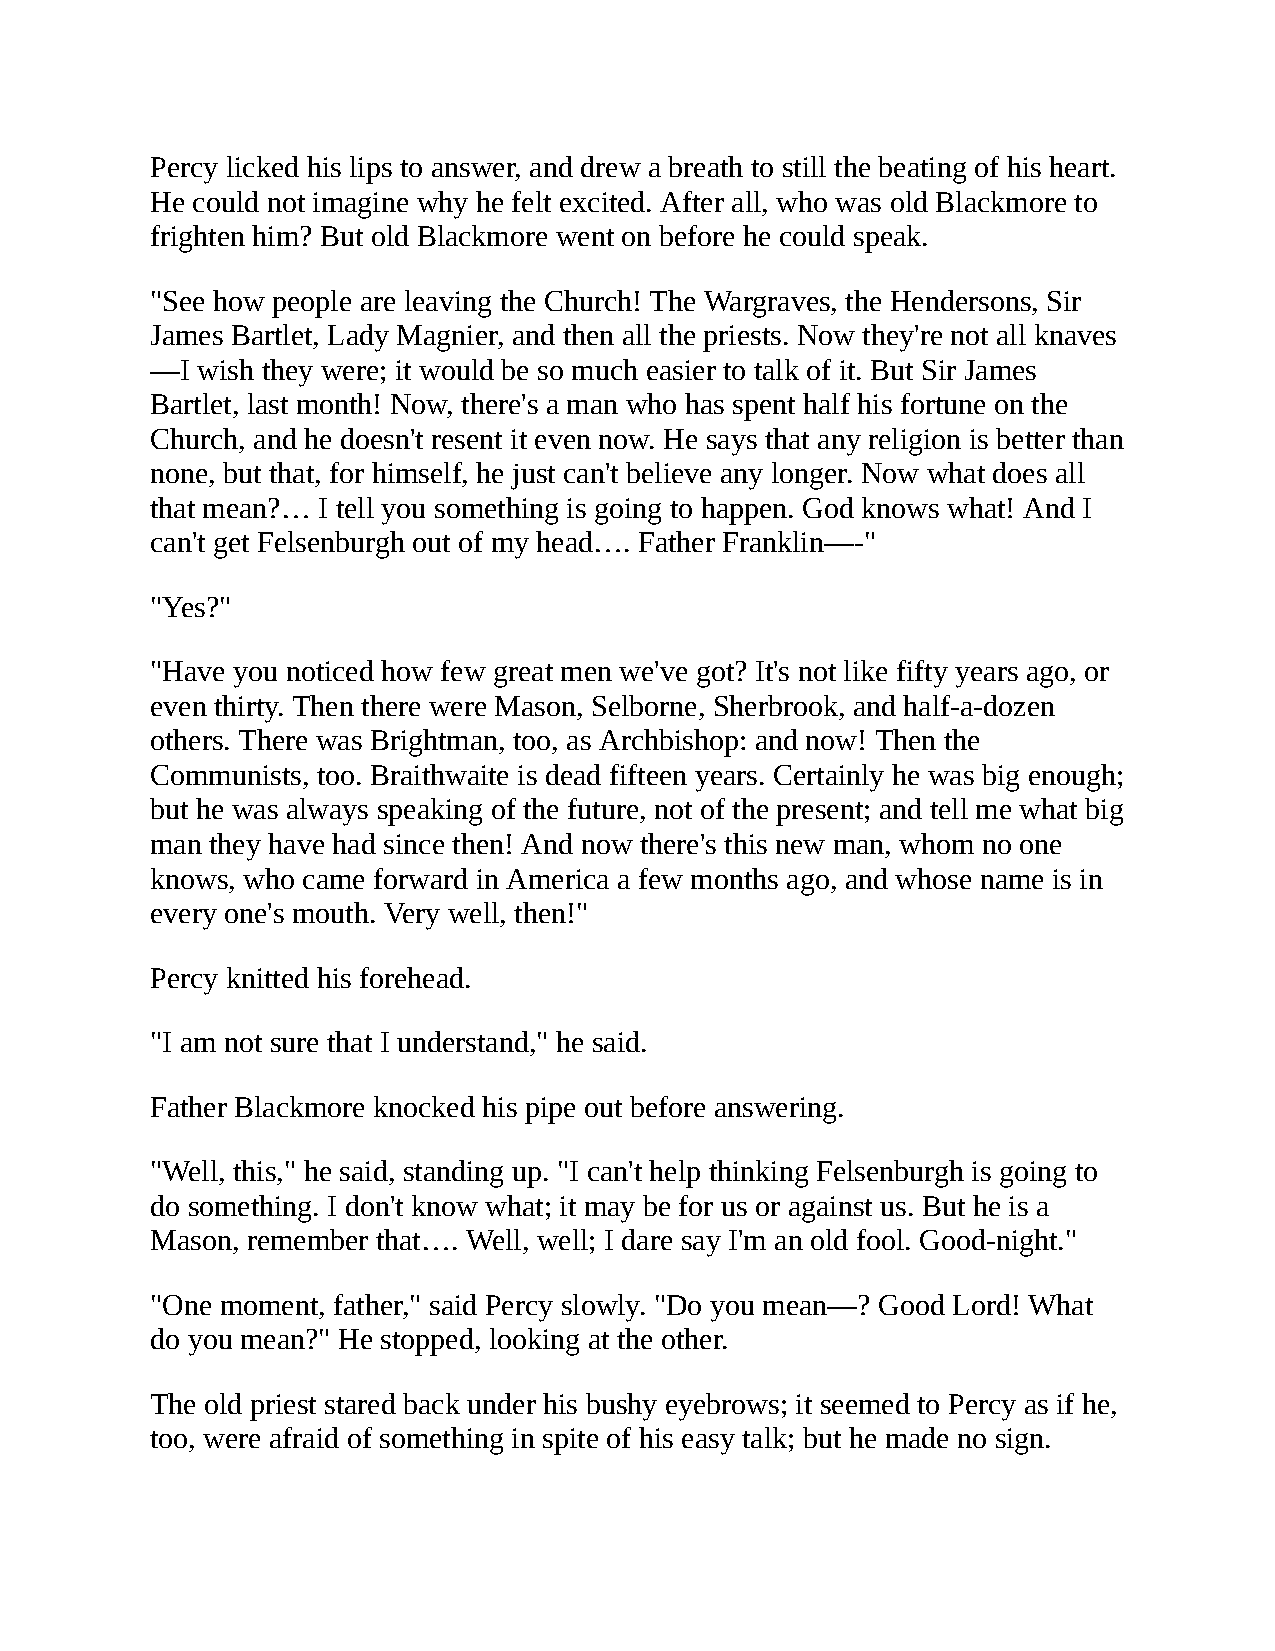
Percy licked his lips to answer, and drew a breath to still the beating of his heart.
 He could not imagine why he felt excited. After all, who was old Blackmore to
 frighten him? But old Blackmore went on before he could speak.
 "See how people are leaving the Church! The Wargraves, the Hendersons, Sir
 James Bartlet, Lady Magnier, and then all the priests. Now they're not all knaves
 —I wish they were; it would be so much easier to talk of it. But Sir James
 Bartlet, last month! Now, there's a man who has spent half his fortune on the
 Church, and he doesn't resent it even now. He says that any religion is better than
 none, but that, for himself, he just can't believe any longer. Now what does all
 that mean?… I tell you something is going to happen. God knows what! And I
 can't get Felsenburgh out of my head…. Father Franklin—-"
 "Yes?"
 "Have you noticed how few great men we've got? It's not like fifty years ago, or
 even thirty. Then there were Mason, Selborne, Sherbrook, and half-a-dozen
 others. There was Brightman, too, as Archbishop: and now! Then the
 Communists, too. Braithwaite is dead fifteen years. Certainly he was big enough;
 but he was always speaking of the future, not of the present; and tell me what big
 man they have had since then! And now there's this new man, whom no one
 knows, who came forward in America a few months ago, and whose name is in
 every one's mouth. Very well, then!"
 Percy knitted his forehead.
 "I am not sure that I understand," he said.
 Father Blackmore knocked his pipe out before answering.
 "Well, this," he said, standing up. "I can't help thinking Felsenburgh is going to
 do something. I don't know what; it may be for us or against us. But he is a
 Mason, remember that…. Well, well; I dare say I'm an old fool. Good-night."
 "One moment, father," said Percy slowly. "Do you mean—? Good Lord! What
 do you mean?" He stopped, looking at the other.
 The old priest stared back under his bushy eyebrows; it seemed to Percy as if he,
 too, were afraid of something in spite of his easy talk; but he made no sign.